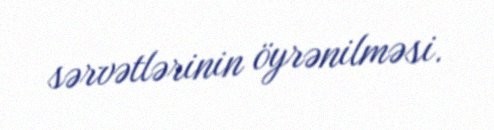
sərvətlərinin öyrənilməsi.